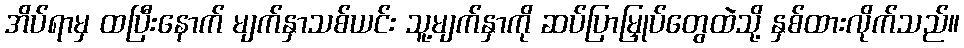
အိပ်ရာမှ ထပြီးနောက် မျက်နှာသစ်ယင်း သူ့မျက်နှာကို ဆပ်ပြာမြှုပ်တွေထဲသို့ နှစ်ထားလိုက်သည်။